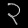
Digit: ၃